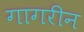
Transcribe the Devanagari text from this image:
गागरीन